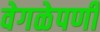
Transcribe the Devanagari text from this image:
वेगळेपणी